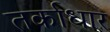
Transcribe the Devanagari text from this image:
तर्काधार